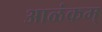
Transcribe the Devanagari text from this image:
आळंकम्